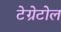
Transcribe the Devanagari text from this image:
टेग्रेटोल